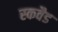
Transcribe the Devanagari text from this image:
स्कवैड